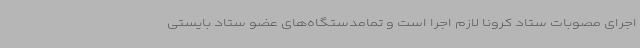
اجرای مصوبات ستاد کرونا لازم اجرا است و تمامدستگاه‌های عضو ستاد بایستی